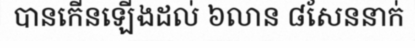
បានកើនឡើងដល់ ៦លាន ៨សែននាក់